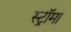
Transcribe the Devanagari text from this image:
स्ट्राॅमा